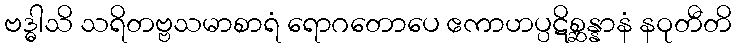
ဗဒ္ဓါသိ သရိတဗ္ဗသမာစာရံ ရောဂတောပေ ဧကာဟပ္ပဋိစ္ဆန္နာနံ နဝုတီတိ